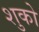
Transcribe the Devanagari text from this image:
शुको